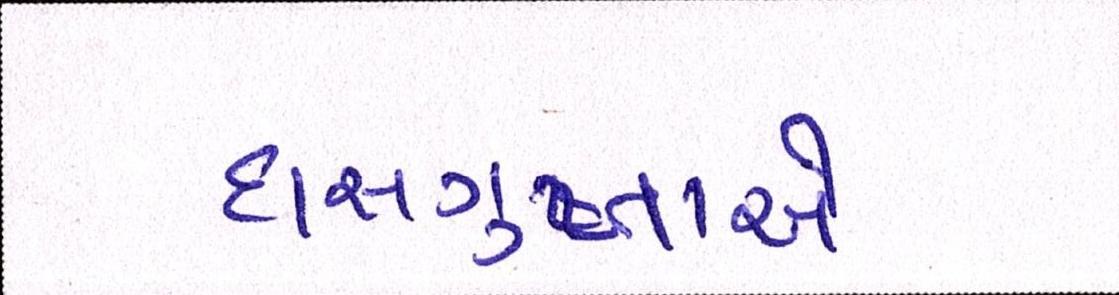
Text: દાસગુપ્તાએ